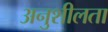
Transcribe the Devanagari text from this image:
अनुशीलता